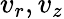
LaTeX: v_{r},v_{z}